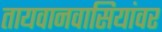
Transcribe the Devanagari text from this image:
तायवानवासियांवर